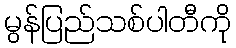
မွန်ပြည်သစ်ပါတီကို